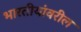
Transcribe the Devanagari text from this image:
भारतीयांवरील